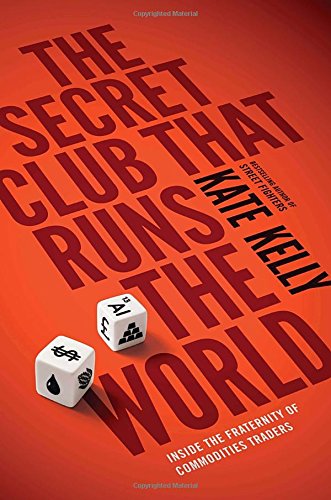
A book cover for The Secret Club That Runs the World: Inside the Fraternity of Commodity Traders; Kate Kelly; Business & Money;